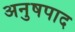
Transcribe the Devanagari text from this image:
अनुषपाद